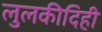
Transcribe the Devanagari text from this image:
लुलकीदिही